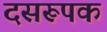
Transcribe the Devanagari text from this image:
दसरूपक